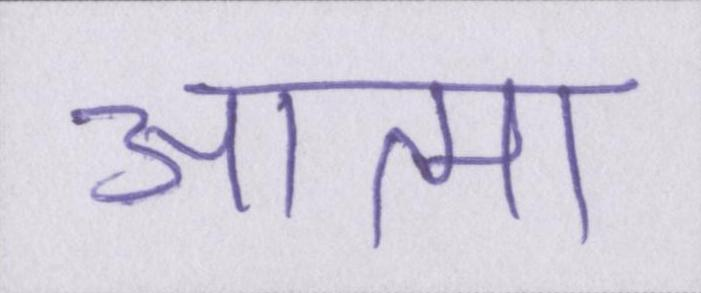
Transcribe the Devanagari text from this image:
आत्मा